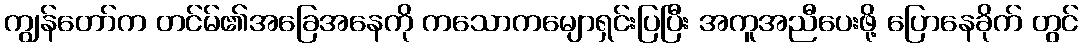
ကျွန်တော်က တင်မ်၏အခြေအနေကို ကသောကမျောရှင်းပြပြီး အကူအညီပေးဖို့ ပြောနေခိုက် တွင်